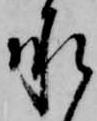
承